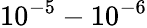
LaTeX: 10^{-5}-10^{-6}